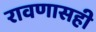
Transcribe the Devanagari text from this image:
रावणासही